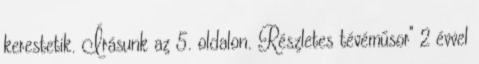
kerestetik. Írásunk az 5. oldalon. Részletes tévéműsor" 2 évvel